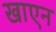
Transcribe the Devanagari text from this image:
खाएन